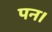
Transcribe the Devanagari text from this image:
पन।